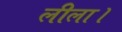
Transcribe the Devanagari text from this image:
लीला।